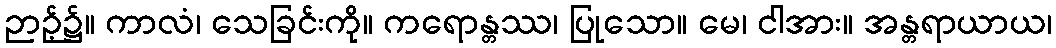
ဉာဉ့်၌။ ကာလံ၊ သေခြင်းကို။ ကရောန္တဿ၊ ပြုသော။ မေ၊ ငါအား။ အန္တရာယာယ၊